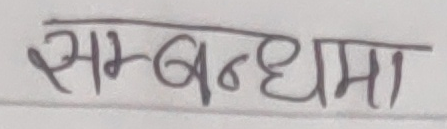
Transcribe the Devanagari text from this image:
सम्बन्धमा